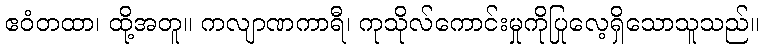
ဧဝံတထာ၊ ထို့အတူ။ ကလျာဏကာရီ၊ ကုသိုလ်ကောင်းမှုကိုပြုလေ့ရှိသောသူသည်။